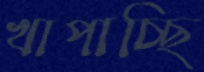
খাপাচ্ছি